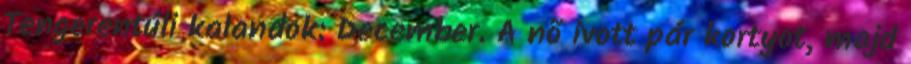
Tengerentúli kalandok: December. A nõ ivott pár kortyot, majd